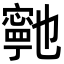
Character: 𭔞